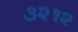
૩૨૧૨